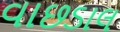
વાછડાલ